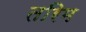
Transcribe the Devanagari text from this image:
तरिम